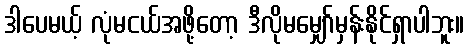
ဒါပေမယ့် လုံမငယ်အဖို့တော့ ဒီလိုမမျှော်မှန်းနိုင်ရှာပါဘူး။